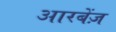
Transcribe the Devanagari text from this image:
आरबेंज़